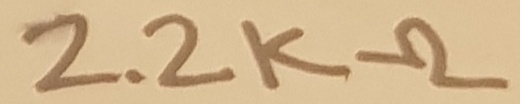
Text: 2,2KΩ